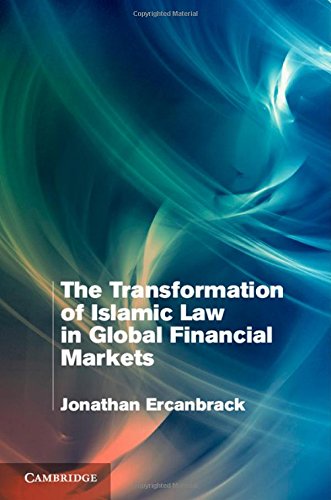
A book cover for The Transformation of Islamic Law in Global Financial Markets; Jonathan Ercanbrack; Law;